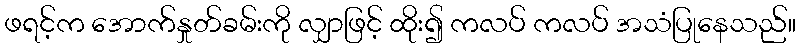
ဖရင့်က အောက်နှုတ်ခမ်းကို လျှာဖြင့် ထိုး၍ ကလပ် ကလပ် အသံပြုနေသည်။